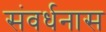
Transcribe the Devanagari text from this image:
संवर्धनास